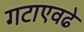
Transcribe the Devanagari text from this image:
गटाएवढे